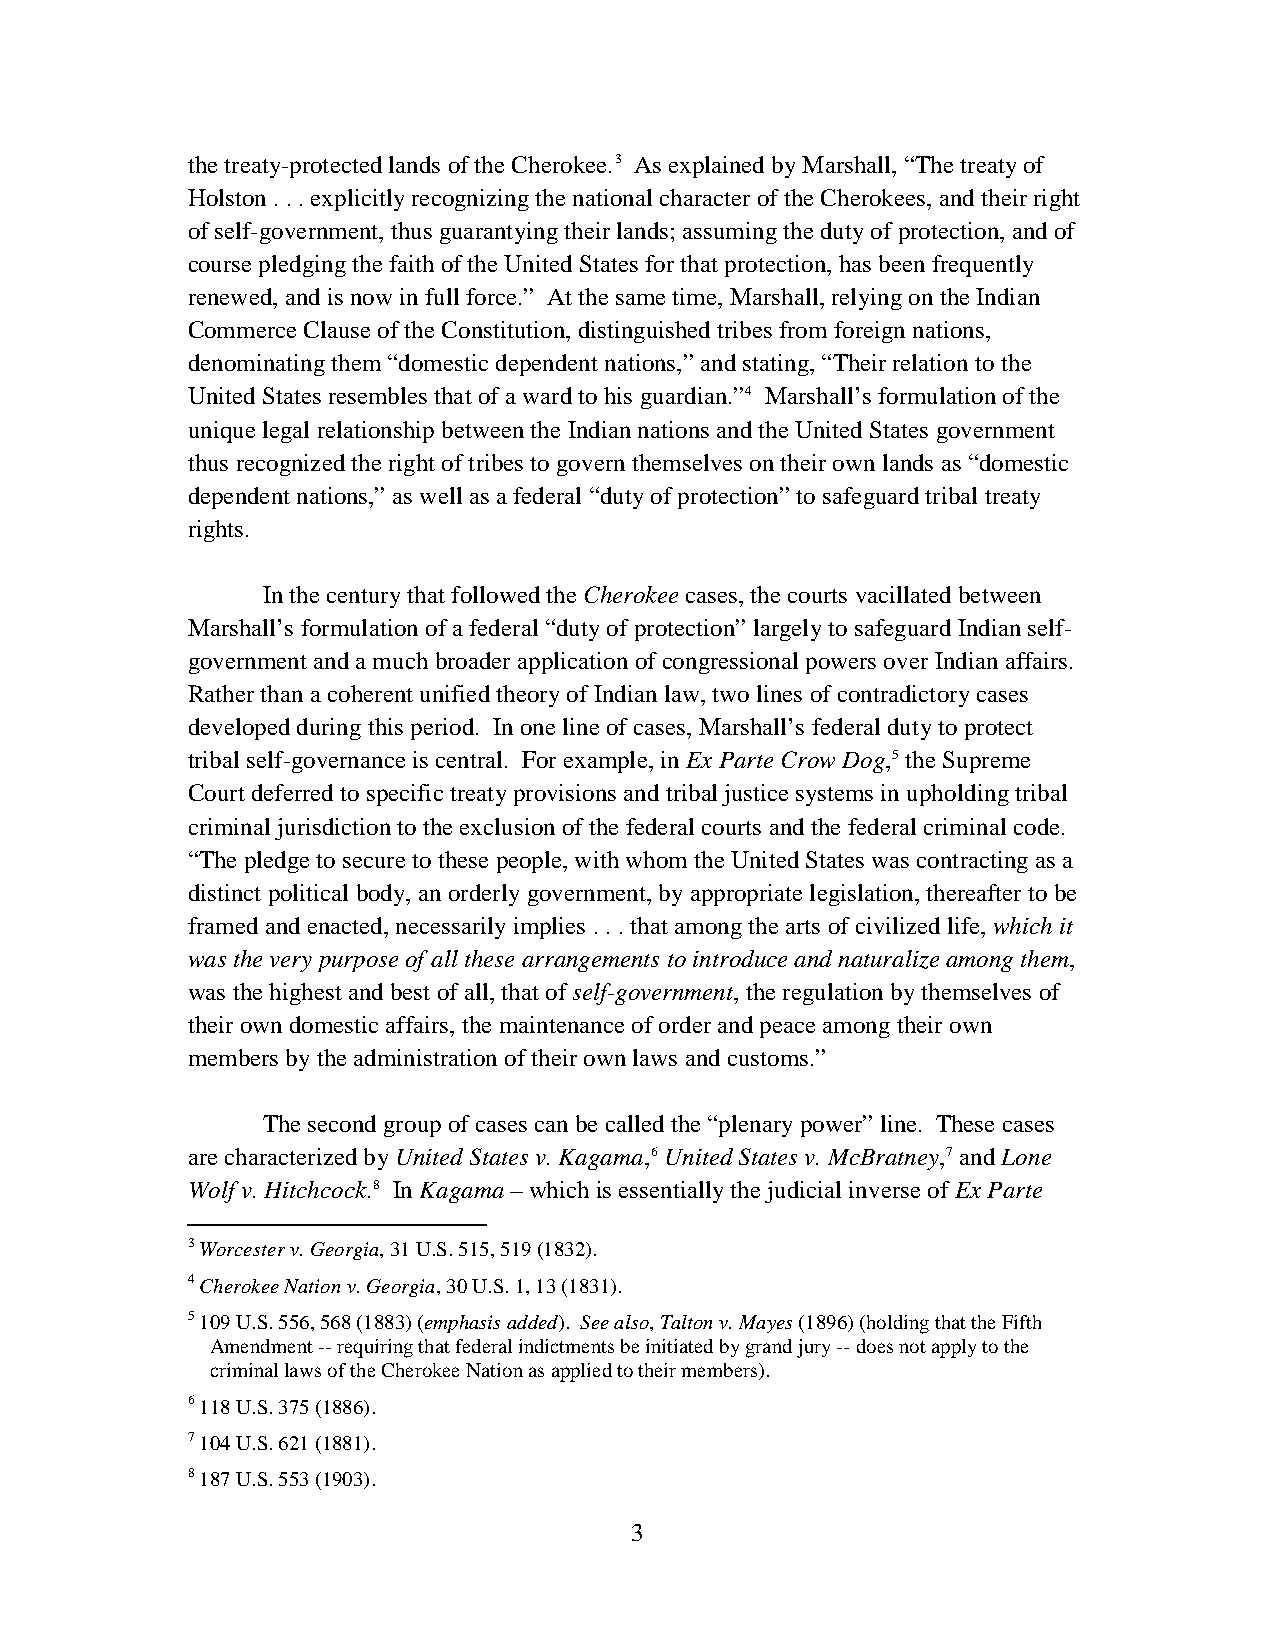
the treaty-protected lands of the Cherokee.3 As explained by Marshall, “The treaty of
 Holston . . . explicitly recognizing the national character of the Cherokees, and their right
 of self-government, thus guarantying their lands; assuming the duty of protection, and of
 course pledging the faith of the United States for that protection, has been frequently
 renewed, and is now in full force.” At the same time, Marshall, relying on the Indian
 Commerce Clause of the Constitution, distinguished tribes from foreign nations,
 denominating them “domestic dependent nations,” and stating, “Their relation to the
 United States resembles that of a ward to his guardian.”4 Marshall’s formulation of the
 unique legal relationship between the Indian nations and the United States government
 thus recognized the right of tribes to govern themselves on their own lands as “domestic
 dependent nations,” as well as a federal “duty of protection” to safeguard tribal treaty
 rights.
 In the century that followed the Cherokee cases, the courts vacillated between
 Marshall’s formulation of a federal “duty of protection” largely to safeguard Indian self-
 government and a much broader application of congressional powers over Indian affairs.
 Rather than a coherent unified theory of Indian law, two lines of contradictory cases
 developed during this period. In one line of cases, Marshall’s federal duty to protect
 tribal self-governance is central. For example, in Ex Parte Crow Dog,5 the Supreme
 Court deferred to specific treaty provisions and tribal justice systems in upholding tribal
 criminal jurisdiction to the exclusion of the federal courts and the federal criminal code.
 “The pledge to secure to these people, with whom the United States was contracting as a
 distinct political body, an orderly government, by appropriate legislation, thereafter to be
 framed and enacted, necessarily implies . . . that among the arts of civilized life, which it
 was the very purpose of all these arrangements to introduce and naturalize among them,
 was the highest and best of all, that of self-government, the regulation by themselves of
 their own domestic affairs, the maintenance of order and peace among their own
 members by the administration of their own laws and customs.”
 The second group of cases can be called the “plenary power” line. These cases
 are characterized by United States v. Kagama,6 United States v. McBratney,7 and Lone
 Wolf v. Hitchcock.8 In Kagama – which is essentially the judicial inverse of Ex Parte
 3 Worcester v. Georgia, 31 U.S. 515, 519 (1832).
 4 Cherokee Nation v. Georgia, 30 U.S. 1, 13 (1831).
 5 109 U.S. 556, 568 (1883) (emphasis added). See also, Talton v. Mayes (1896) (holding that the Fifth
 Amendment -- requiring that federal indictments be initiated by grand jury -- does not apply to the
 criminal laws of the Cherokee Nation as applied to their members).
 6 118 U.S. 375 (1886).
 7 104 U.S. 621 (1881).
 8 187 U.S. 553 (1903).
 3